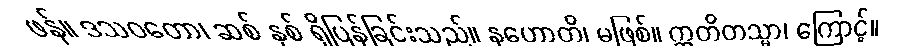
ဖန်။ ဒသဝတော၊ ဆစ် နှစ် ရှိပြန်ခြင်းသည်။ နဟောတိ၊ မဖြစ်။ ဣတိတသ္မာ၊ ကြောင့်။